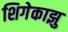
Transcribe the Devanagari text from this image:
शिगेकाझु